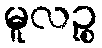
မူလဉ္စ